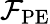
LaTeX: \mathcal{F}_{\mathrm{{PE}}}